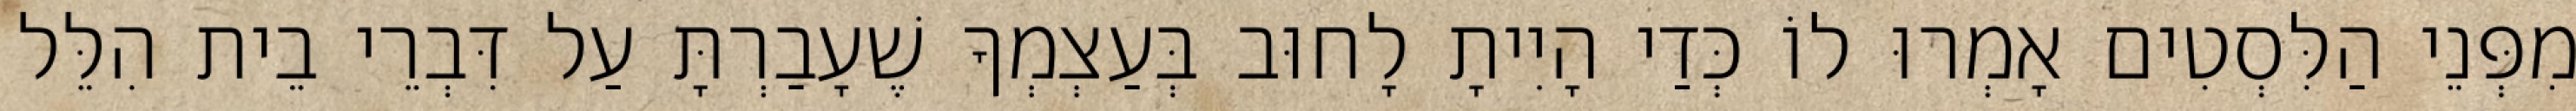
מִפְּנֵי הַלִּסְטִים אָמְרוּ לוֹ כְּדַי הָיִיתָ לָחוּב בְּעַצְמְךָ שֶׁעָבַרְתָּ עַל דִּבְרֵי בֵית הִלֵּל